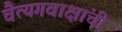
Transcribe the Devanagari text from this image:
चैत्यगवाक्षांची